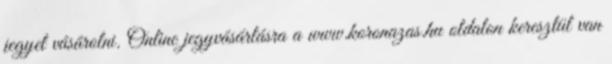
jegyet vásárolni. Online jegyvásárlásra a www.koronazas.hu oldalon keresztül van